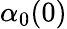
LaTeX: \alpha_{0}(0)